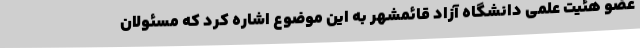
عضو هئیت علمی دانشگاه آزاد قائمشهر به این موضوع اشاره کرد که مسئولان